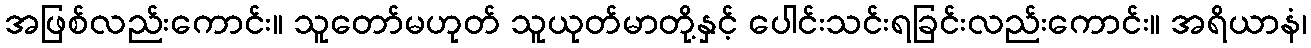
အဖြစ်လည်းကောင်း။ သူတော်မဟုတ် သူယုတ်မာတို့နှင့် ပေါင်းသင်းရခြင်းလည်းကောင်း။ အရိယာနံ၊